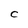
Character: c